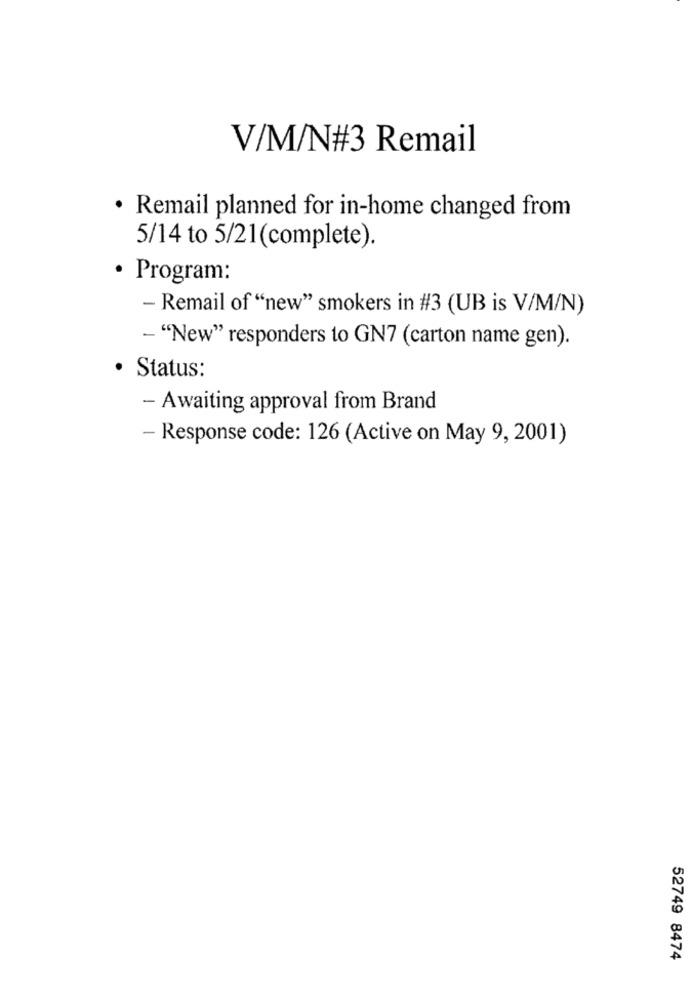
V/M/N#3 Remail
· Remail planned for in-home changed from
5/14 to 5/21(complete).
Program:
- Remail of "new" smokers in #3 (UB is V/M/N)
- "New" responders to GN7 (carton name gen).
Status:
- Awaiting approval from Brand
Response code: 126 (Active on May 9, 2001)
52749 8474